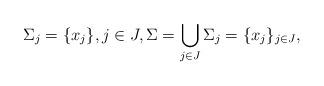
LaTeX: \begin{align*} \Sigma_j = \{x_j\}, j \in J, \Sigma = \bigcup_{j \in J} \Sigma_j = \{x_j\}_{j \in J}, \end{align*}